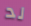
لد